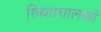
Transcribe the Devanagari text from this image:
रिक्शाचालकों